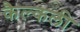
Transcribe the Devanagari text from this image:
कैल्कली